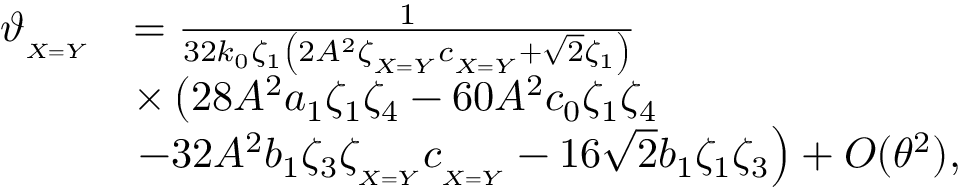
\begin{array} { r l } { \vartheta _ { _ { X = Y } } } & { = \frac { 1 } { 3 2 k _ { 0 } \zeta _ { 1 } \left( 2 A ^ { 2 } \zeta _ { _ { X = Y } } c _ { _ { X = Y } } + \sqrt { 2 } \zeta _ { 1 } \right) } } \\ & { \times \left( 2 8 A ^ { 2 } a _ { 1 } \zeta _ { 1 } \zeta _ { 4 } - 6 0 A ^ { 2 } c _ { 0 } \zeta _ { 1 } \zeta _ { 4 } \right. } \\ & { \left. - 3 2 A ^ { 2 } b _ { 1 } \zeta _ { 3 } \zeta _ { _ { X = Y } } c _ { _ { X = Y } } - 1 6 \sqrt { 2 } b _ { 1 } \zeta _ { 1 } \zeta _ { 3 } \right) + O ( \theta ^ { 2 } ) , } \end{array}